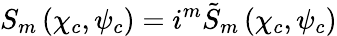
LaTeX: S_{m}\left(\chi_{c},\psi_{c}\right)=i^{m}\tilde{S}_{m}\left(\chi_{c},\psi_{c}\right)